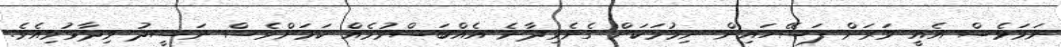
ނަމަވެސް އެއީ ވަރަށް ފަސޭހައިން ނިމުމަކަށް ގެނެވިދާނެ އެއްބަސްވުމެއް ކަމަށްވެސް ނަޝީދު ވިދާޅުވިއެވެ.